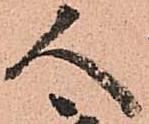
人